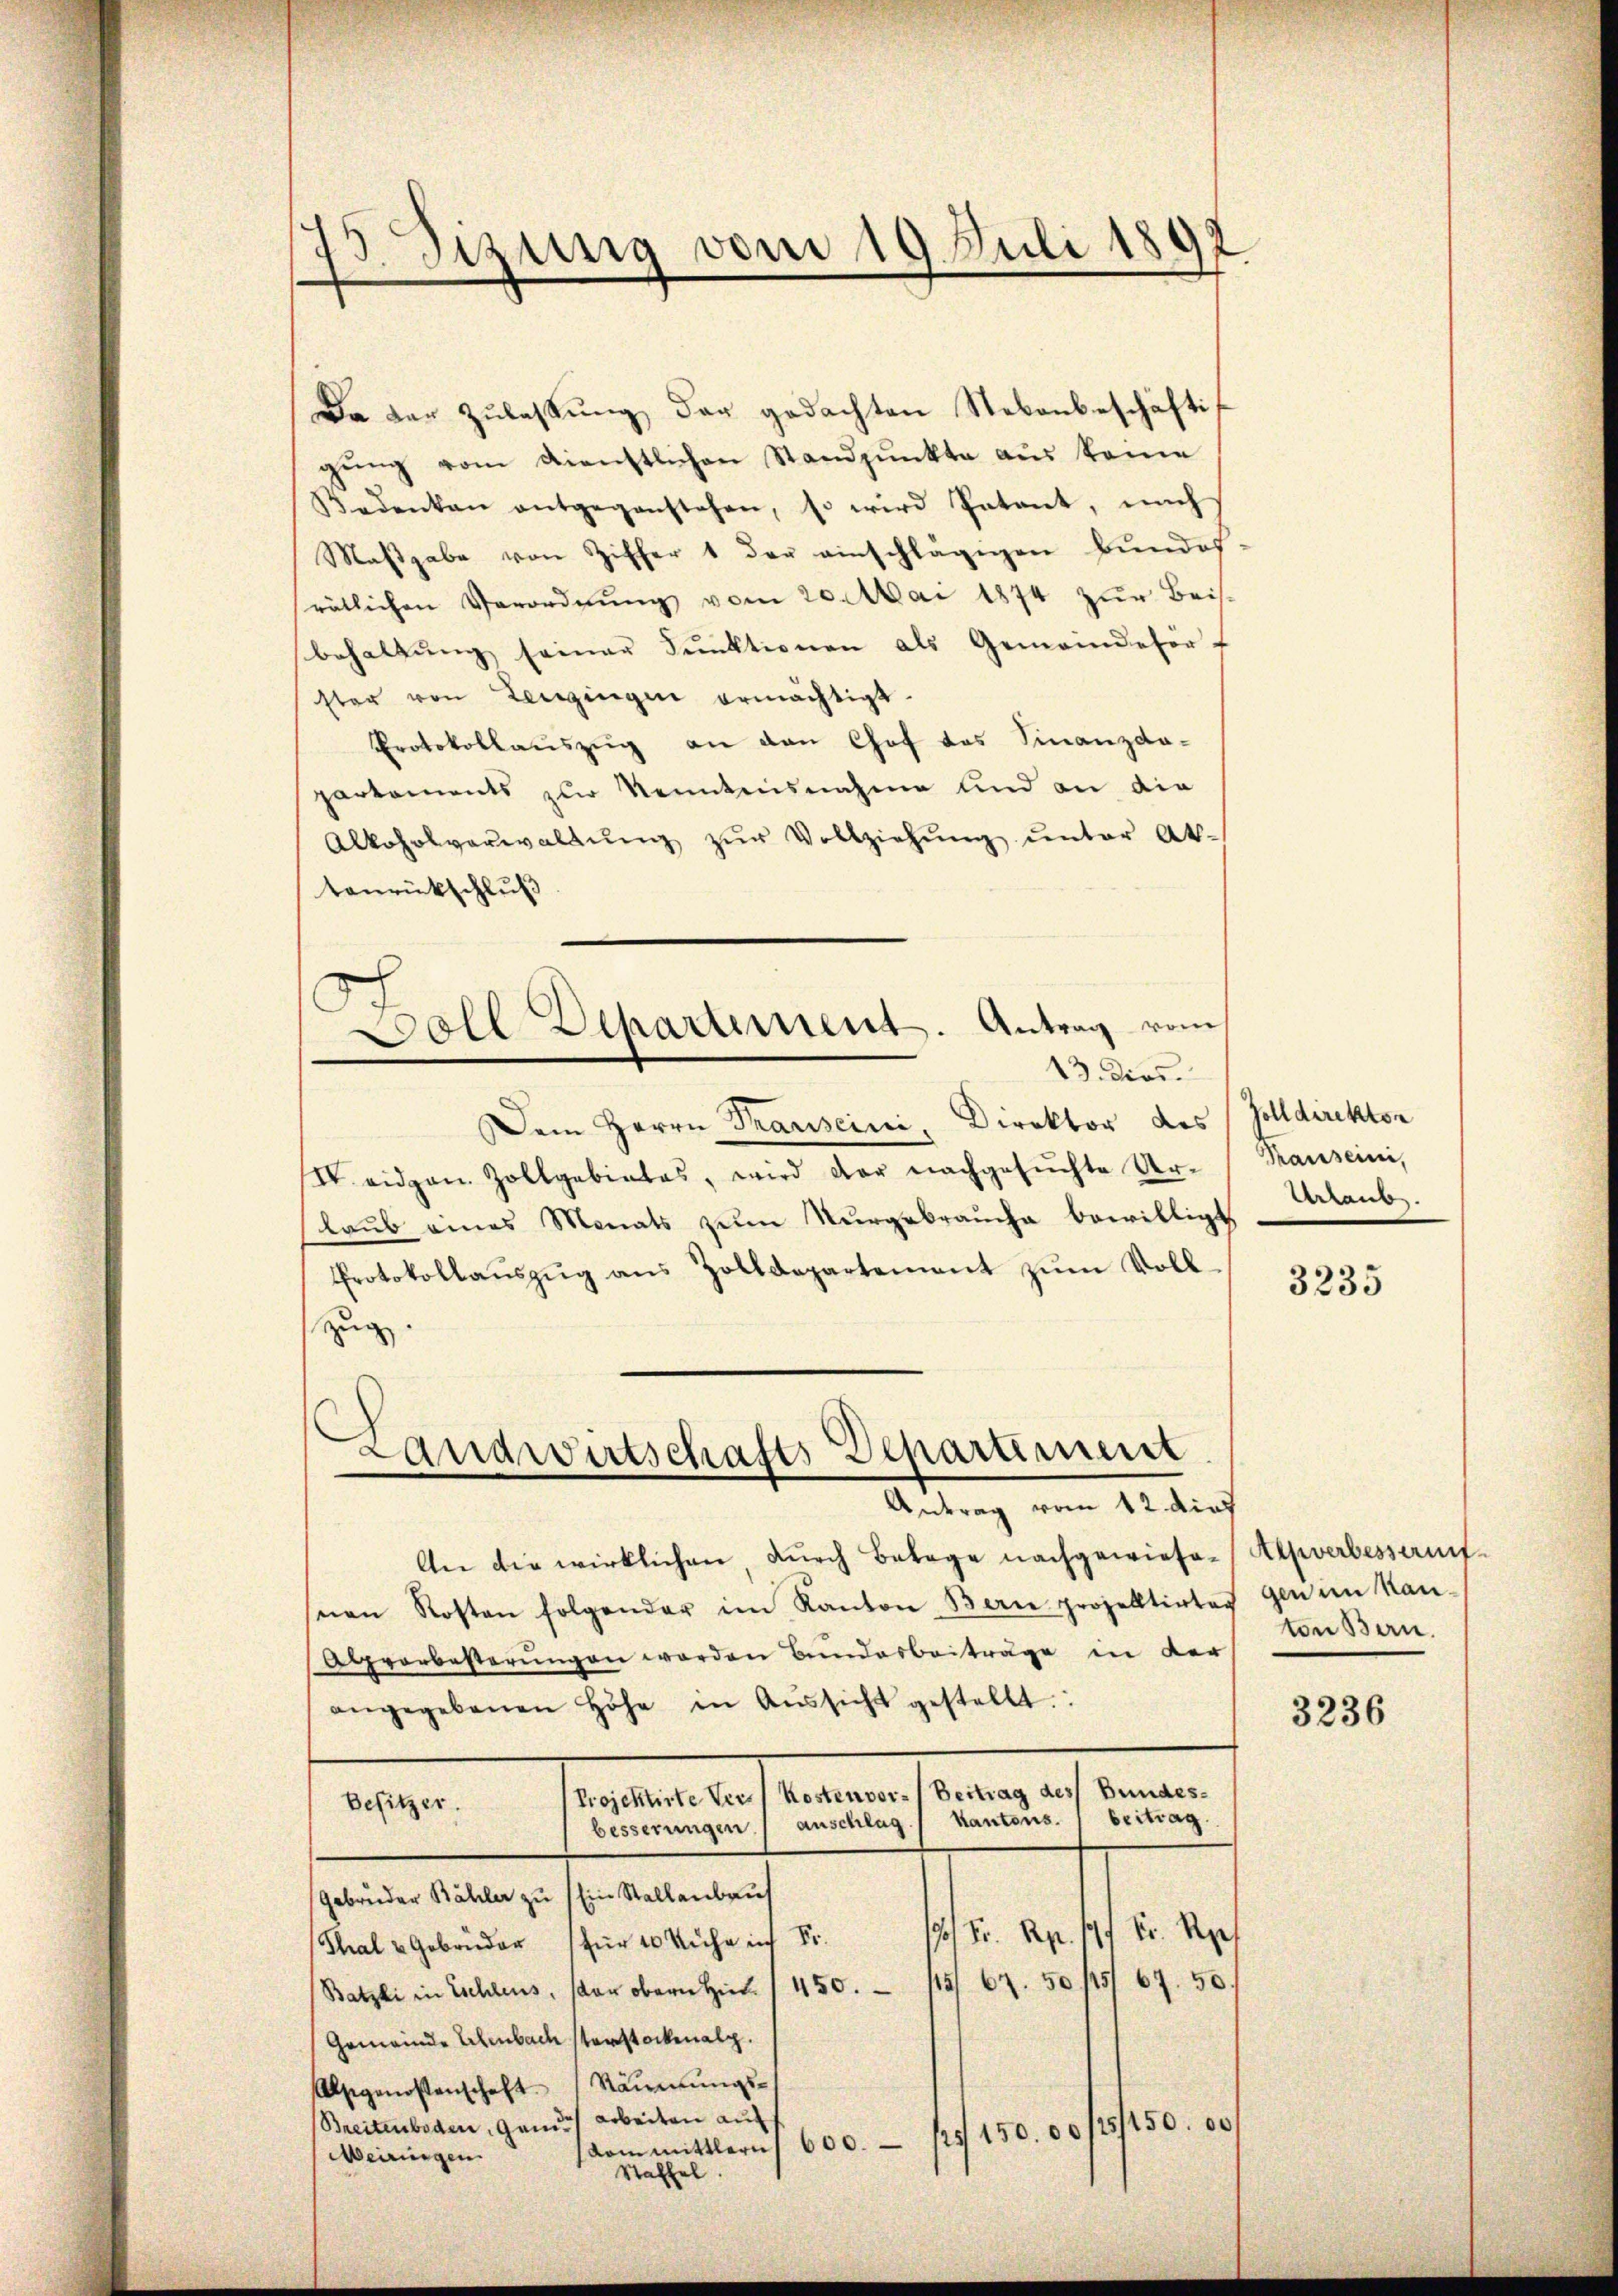
e
13. Sizung vom 19. Juli 180
d

Da der Zŭlaβŭng der gedachten Nebenbeschäfti
gŭng vom Dienstlichen Standpŭnkte aus keine
Bedenken entgegenstehen, so wird Patant, nach
Maβgabe von Ziffer 1 der einschlägigen Bŭndes-
srätlichen Verordnŭng vom 20. Mai 1874 zur Beis
behaltŭng seiner Funktionen als Gemeindeför-
ster von Lenzingen ermächtigt.
Protokollauszug an den Chof das Finanzdo-
parkaments zur Kenntensnahme und an die
Alkoholverwaltŭng zŭr Vollziehŭng ŭnter Ak-
tanrückschluß
13. dies
Dem Herrn Pauseini, Direktor des
IV eidgen. Zollgebietes, wird der nachgesŭchte Ur-
laŭb eines Monats zŭm Nŭrgebrauche bewilligt
Protokollaŭszŭg aŭs Zolldepartement zŭm Voll-
zug.
e
Landwirtschafts Departiment
e
Antrag vom 12 dies
An die wirklichen, durch Betage nachgewiese-Alpverbessentsnen Kosten folgender im Kanton Bern prozellirtes
Alpvorbesterungen worden Bundesbeiträge in der
angegebenen Höhe in Aŭssicht gestellt.
neten an einen herung auf eingen
Besitzer.
Kantons beitrag.
anschlag.
besserungen
Gebrüder Bähler zu Ein Stallenbauf
1/2 Rp. 41 kr. Sp
Thal u Gebrüder für 10 Ruhe in Fr.
Batzli in Eschleus, son obern H / 450. 115/ 67. 50 /5/ 67. 50.
Gemeinde Erlenbach sterstockenalp.
Räumungs-
Alsgenossenschaft.
Breitenboden, ganz des Arbeiten auf
s 150. 00 /5/150. 00
600.
dom mittlern
Meiringen.
Staffel.

Goll Dehartement. Antrag vom

Zolldirekton
Krauseini,
Urlaub.

3235

gen im Kanton Bern.

3236